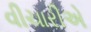
વીચારીએ